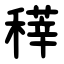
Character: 䅸